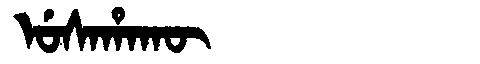
Manchu: ᡠᠰᠠᡥᠠᡴᡡ
Romanization: USAHAKŪ